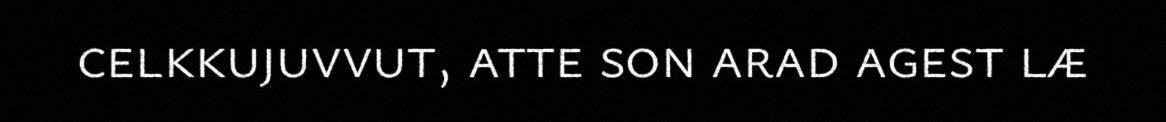
celkkujuvvut, atte son arad agest læ